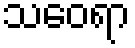
သဝေရာ